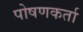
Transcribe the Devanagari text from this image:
पोषणकर्ता